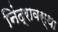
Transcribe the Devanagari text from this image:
निंद्रावस्था